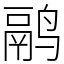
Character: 鹝